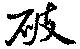
破